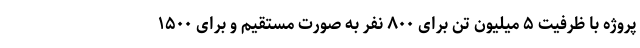
پروژه با ظرفیت ۵ میلیون تن برای ۸۰۰ نفر به صورت مستقیم و برای ۱۵۰۰